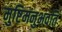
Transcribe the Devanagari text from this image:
मुष्टिमनुभवति